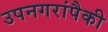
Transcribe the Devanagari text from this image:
उपनगरांपैकी